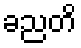
ခညတိ